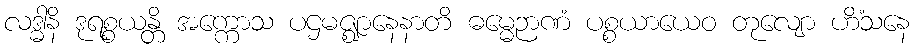
လဒ္ဓါနိ ဒုရစ္စယန္တိ အက္ကောသ ပဌမဇ္ဈာနေနာတိ ဓမ္မေဉာဏံ ပစ္စယာယေဝ တုလျော ဟိံသနေ